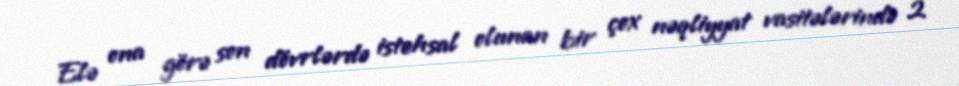
Elə ona görə son dövrlərdə istehsal olunan bir çox nəqliyyat vasitələrində 2